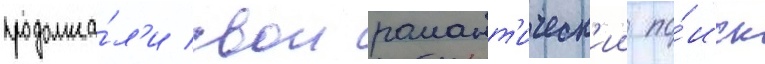
продолжа́л'и свои романт'ическ'ии по́иск